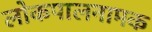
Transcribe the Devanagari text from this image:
लोकपालनामक